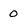
Character: o